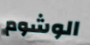
الوشوم